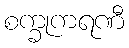
စက္ခုကရဏီ